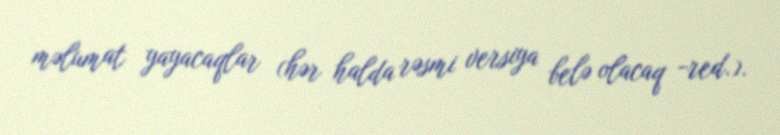
məlumat yayacaqlar (hər halda rəsmi versiya belə olacaq -red.).